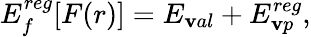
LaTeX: E_{f}^{reg}[F(r)]=E_{\mathbf{v}al}+E_{\mathbf{v}p}^{reg},